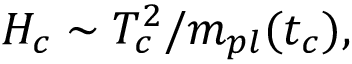
H _ { c } \sim T _ { c } ^ { 2 } / m _ { p l } ( t _ { c } ) ,